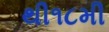
થી૧૮મી